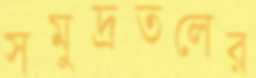
সমুদ্রতলের